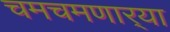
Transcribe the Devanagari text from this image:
चमचमणार्‍या